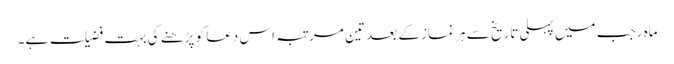
ماہ رجب میں پہلی تاریخ سے ہر نماز کے بعد تین مرتبہ اس دعا کو پڑھنے کی بہت فضیلت ہے۔